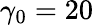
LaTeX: \gamma_{0}=20